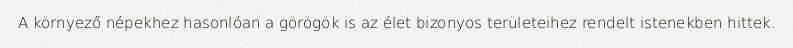
A környező népekhez hasonlóan a görögök is az élet bizonyos területeihez rendelt istenekben hittek.